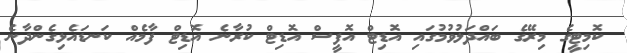
ކޮމިޓީގެ މިރޭގެ ބައްދަލުވުމުގައި އޮޑިޓް އޮފީސް އޮޑިޓް ކުރާނެ އޮޑިޓް ފާމެއް ކަނޑައެޅިގެންދާނެ